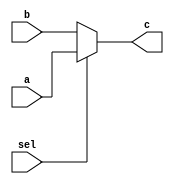
`timescale 1ns / 1ps
//////////////////////////////////////////////////////////////////////////////////
// Company: 
// Engineer: 
// 
// Design Name: 
// Module Name:    mux2345 
// Project Name: 
// Target Devices: 
// Tool versions: 
// Description: 
//
// Dependencies: 
//
// Revision: 
// Revision 0.01 - File Created
// Additional Comments: 
//
//////////////////////////////////////////////////////////////////////////////////
module mux2345(
    input [31:0] a,
    input [31:0] b,
    input sel,
    output [31:0] c
    );
	 assign c = (sel)?a : b;


endmodule